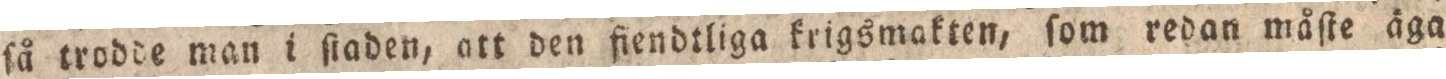
ſå trodde man i ſtaden, att den fiendtliga krigsmakten, ſom redan måſte äga